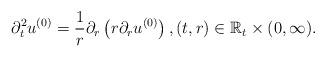
LaTeX: \begin{align*}\partial_t^2 u^{(0)} = \frac1r \partial_r \left(r \partial_r u^{(0)}\right ), (t,r)\in \mathbb R_t \times (0,\infty).\end{align*}